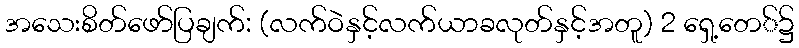
အသေးစိတ်ဖော်ပြချက်: (လက်ဝဲနှင့်လက်ယာခလုတ်နှင့်အတူ) 2 ရှေ့တေ်၌